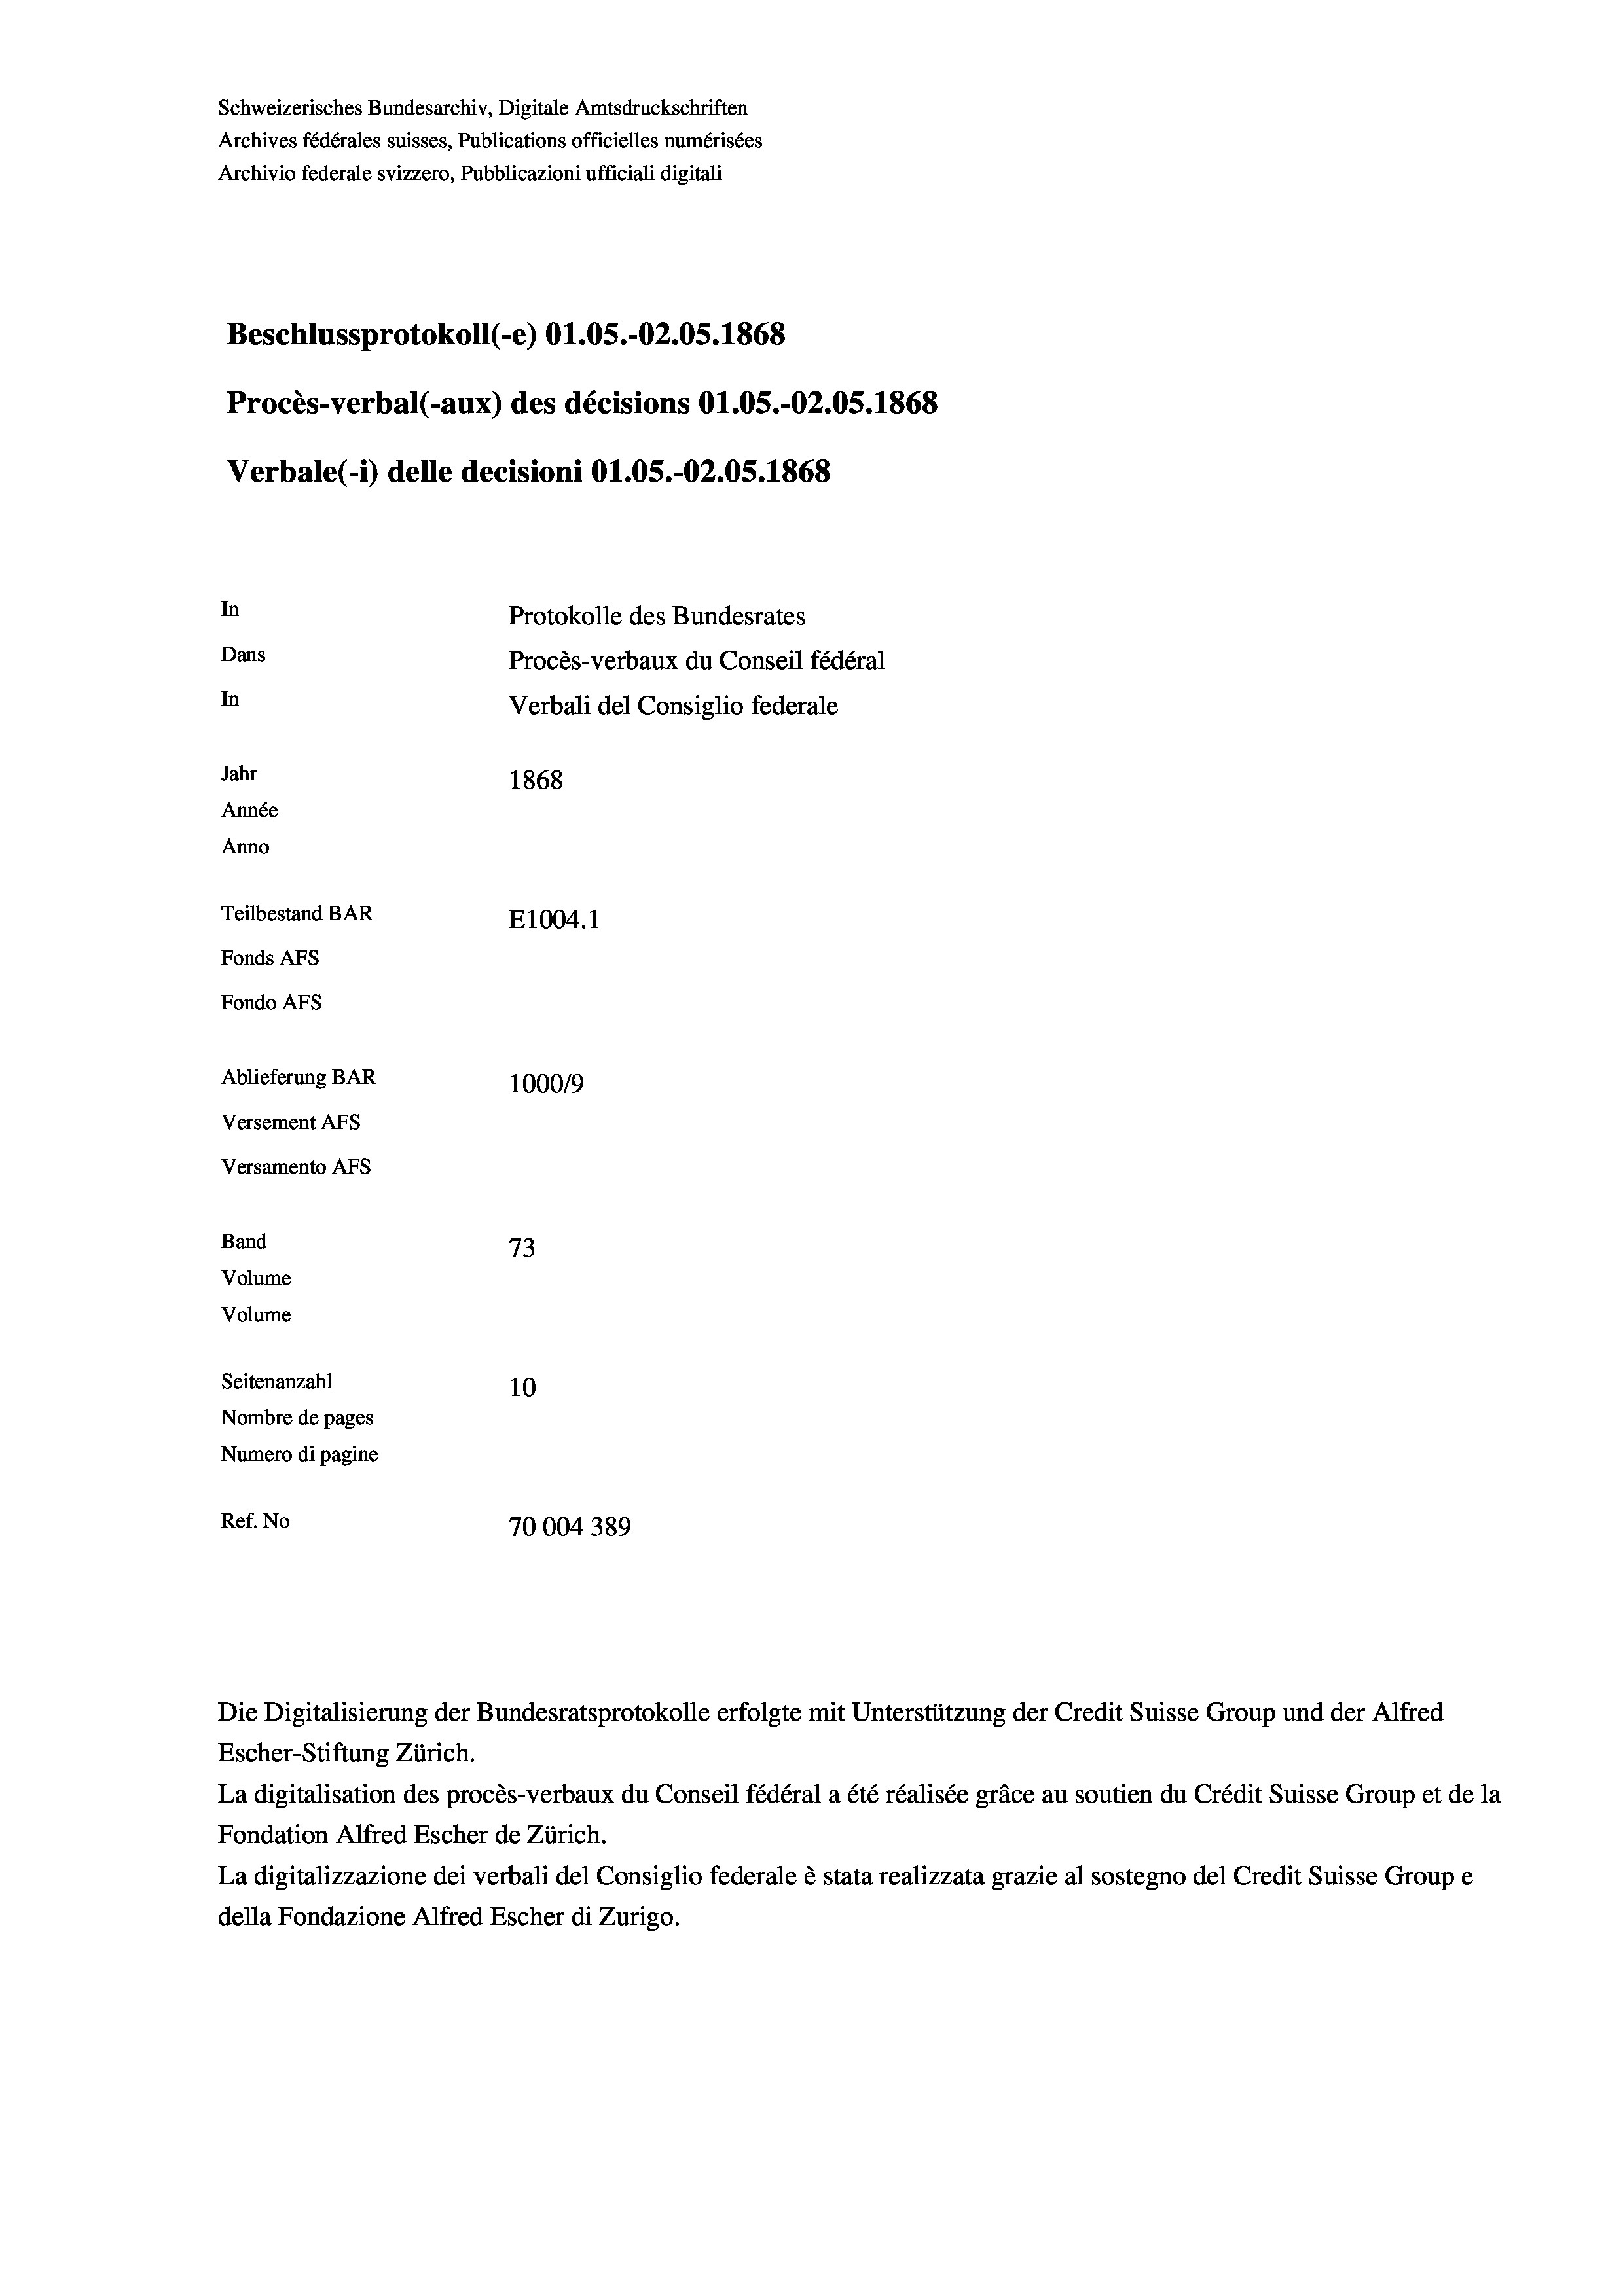
Schweizerisches Bundesarchiv, Digitale Amtsdruckschriften
Archives fédérales suisses, Publications officielles numérisées
Archivio federale svizzero, Pubblicazioni ufficiali digitali
Beschlussprotokoll (-e) O1.05.-O2.05. 1868
Procès-verbal (-aux) des décisions O1.05.-O2.05. 1868
Verbale(-*) delle decisioni O1.05.-O2.05. 1868
In
Protokolle des Bundesrates
Dans
Procès-verbaux du Conseil fédéral
In
Verbali del Consiglio federale
Jahr
1868
Année
Anno
Teilbestand BAR
E1004. 1
Fonds AFs
Fondo AFS
Ablieferung BAR
100019
Versement AFs
Versamento AFs
Band
73
Volume
Volume
Seitenanzahl
10
Nombre de pages
Numero di pagine
Ref. No
70004 389

Escher-Stiftung Zürich.
La digitalisation des procès-verbaux du Conseil fédéral a été réalisée gräce au soutien du Crédit Suisse Group et de la
Fondation Alfred Escher de Zürich.
La digitalizzazione dei verbali del Consiglio federale è stata realizzata grazie al sostegno del Credit Suisse Groupe
della Fondazione Alfred Escher di Zurigo.

Die Digitalisierung der Bundesratsprotokolle erfolgte mit Unterstützung der Credit Suisse Group und der Alfred